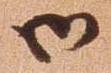
御